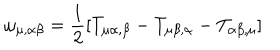
\omega _ { \mu , \alpha \beta } = \frac { 1 } { 2 } [ T _ { \mu \alpha , \beta } - T _ { \mu \beta , \alpha } - T _ { \alpha \beta , \mu } ]